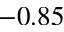
- 0 . 8 5